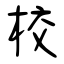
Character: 校